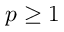
p \geq 1